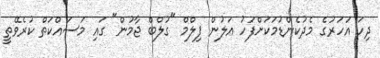
ދިހަ އަހަރުގެ މެދުކެންޑުމަކަށްފަހު އަލުން ފިލްމް "ގުލްބް ޖާމުން" ގައި މަސައްކަތް ކުރެވޭތީ